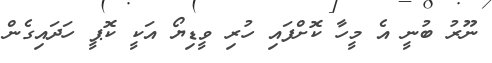
ނޫރު ބުނީ އެ މީހާ ކޮށްފައި ހުރި ވީޑިޔޯ އަކީ ކޮޕީ ހަދައިގެން